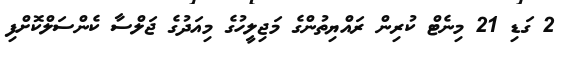
2 ގަޑި 21 މިނެޓް ކުރިން ރައްޔިތުންގެ މަޖިލީހުގެ މިއަދުގެ ޖަލްސާ ކެންސަލްކޮށްފި